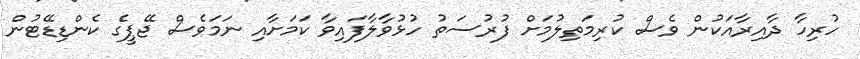
ހުރިހާ ދާއިރާއަކުން ވެސް ކުރިމަތިލުމަށް ފުރުސަތު ހުޅުވާލާފައިވާ ކަމަށާއި ނަމަވެސް ޖޭޕީގެ ކެންޑިޑޭޓުން